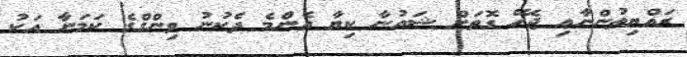
ރައްޔިތުންނާއި ޖެހޭ ގޮތަށް ޝައުނާ ކިޔާ އެންމެ ދެކުނު ވިންގްގެ ކަމަނާ އަކު